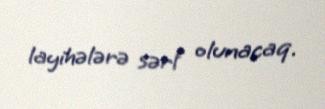
layihələrə sərf olunacaq.